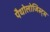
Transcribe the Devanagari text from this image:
पैथोलोजिस्ट्स